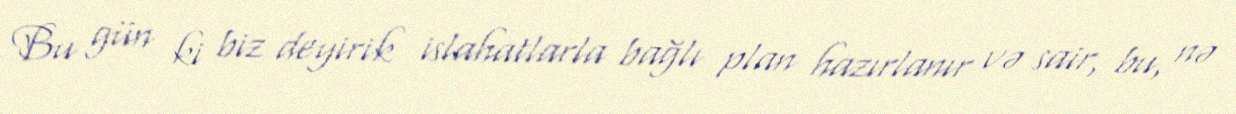
Bu gün ki biz deyirik islahatlarla bağlı plan hazırlanır və sair, bu, nə